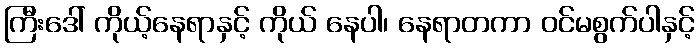
ကြီးဒေါ် ကိုယ့်နေရာနှင့် ကိုယ် နေပါ၊ နေရာတကာ ဝင်မစွက်ပါနှင့်